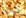
ديدن